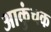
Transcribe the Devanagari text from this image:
आकुंचक